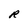
Character: R